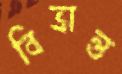
বিভ্রান্ত